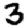
Digit: 3